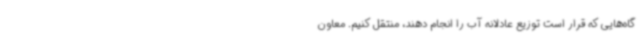
گاه‌هایی که قرار است توزیع عادلانه آب را انجام دهند، منتقل کنیم. معاون